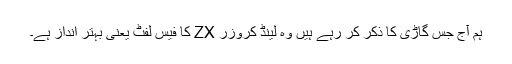
ہم آج جس گاڑی کا ذکر کر رہے ہیں وہ لینڈ کروزر ZX کا فیس لفٹ یعنی بہتر انداز ہے۔